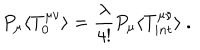
P _ { \mu } \langle T _ { 0 } ^ { \mu \nu } \rangle = \frac { \lambda } { 4 ! } P _ { \mu } \langle T _ { i n t } ^ { \mu \nu } \rangle \ .